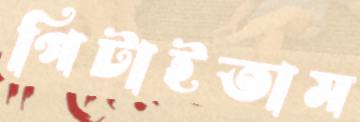
পিটাইতাম